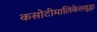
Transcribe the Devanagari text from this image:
कसोटीमालिकेतसुद्धा